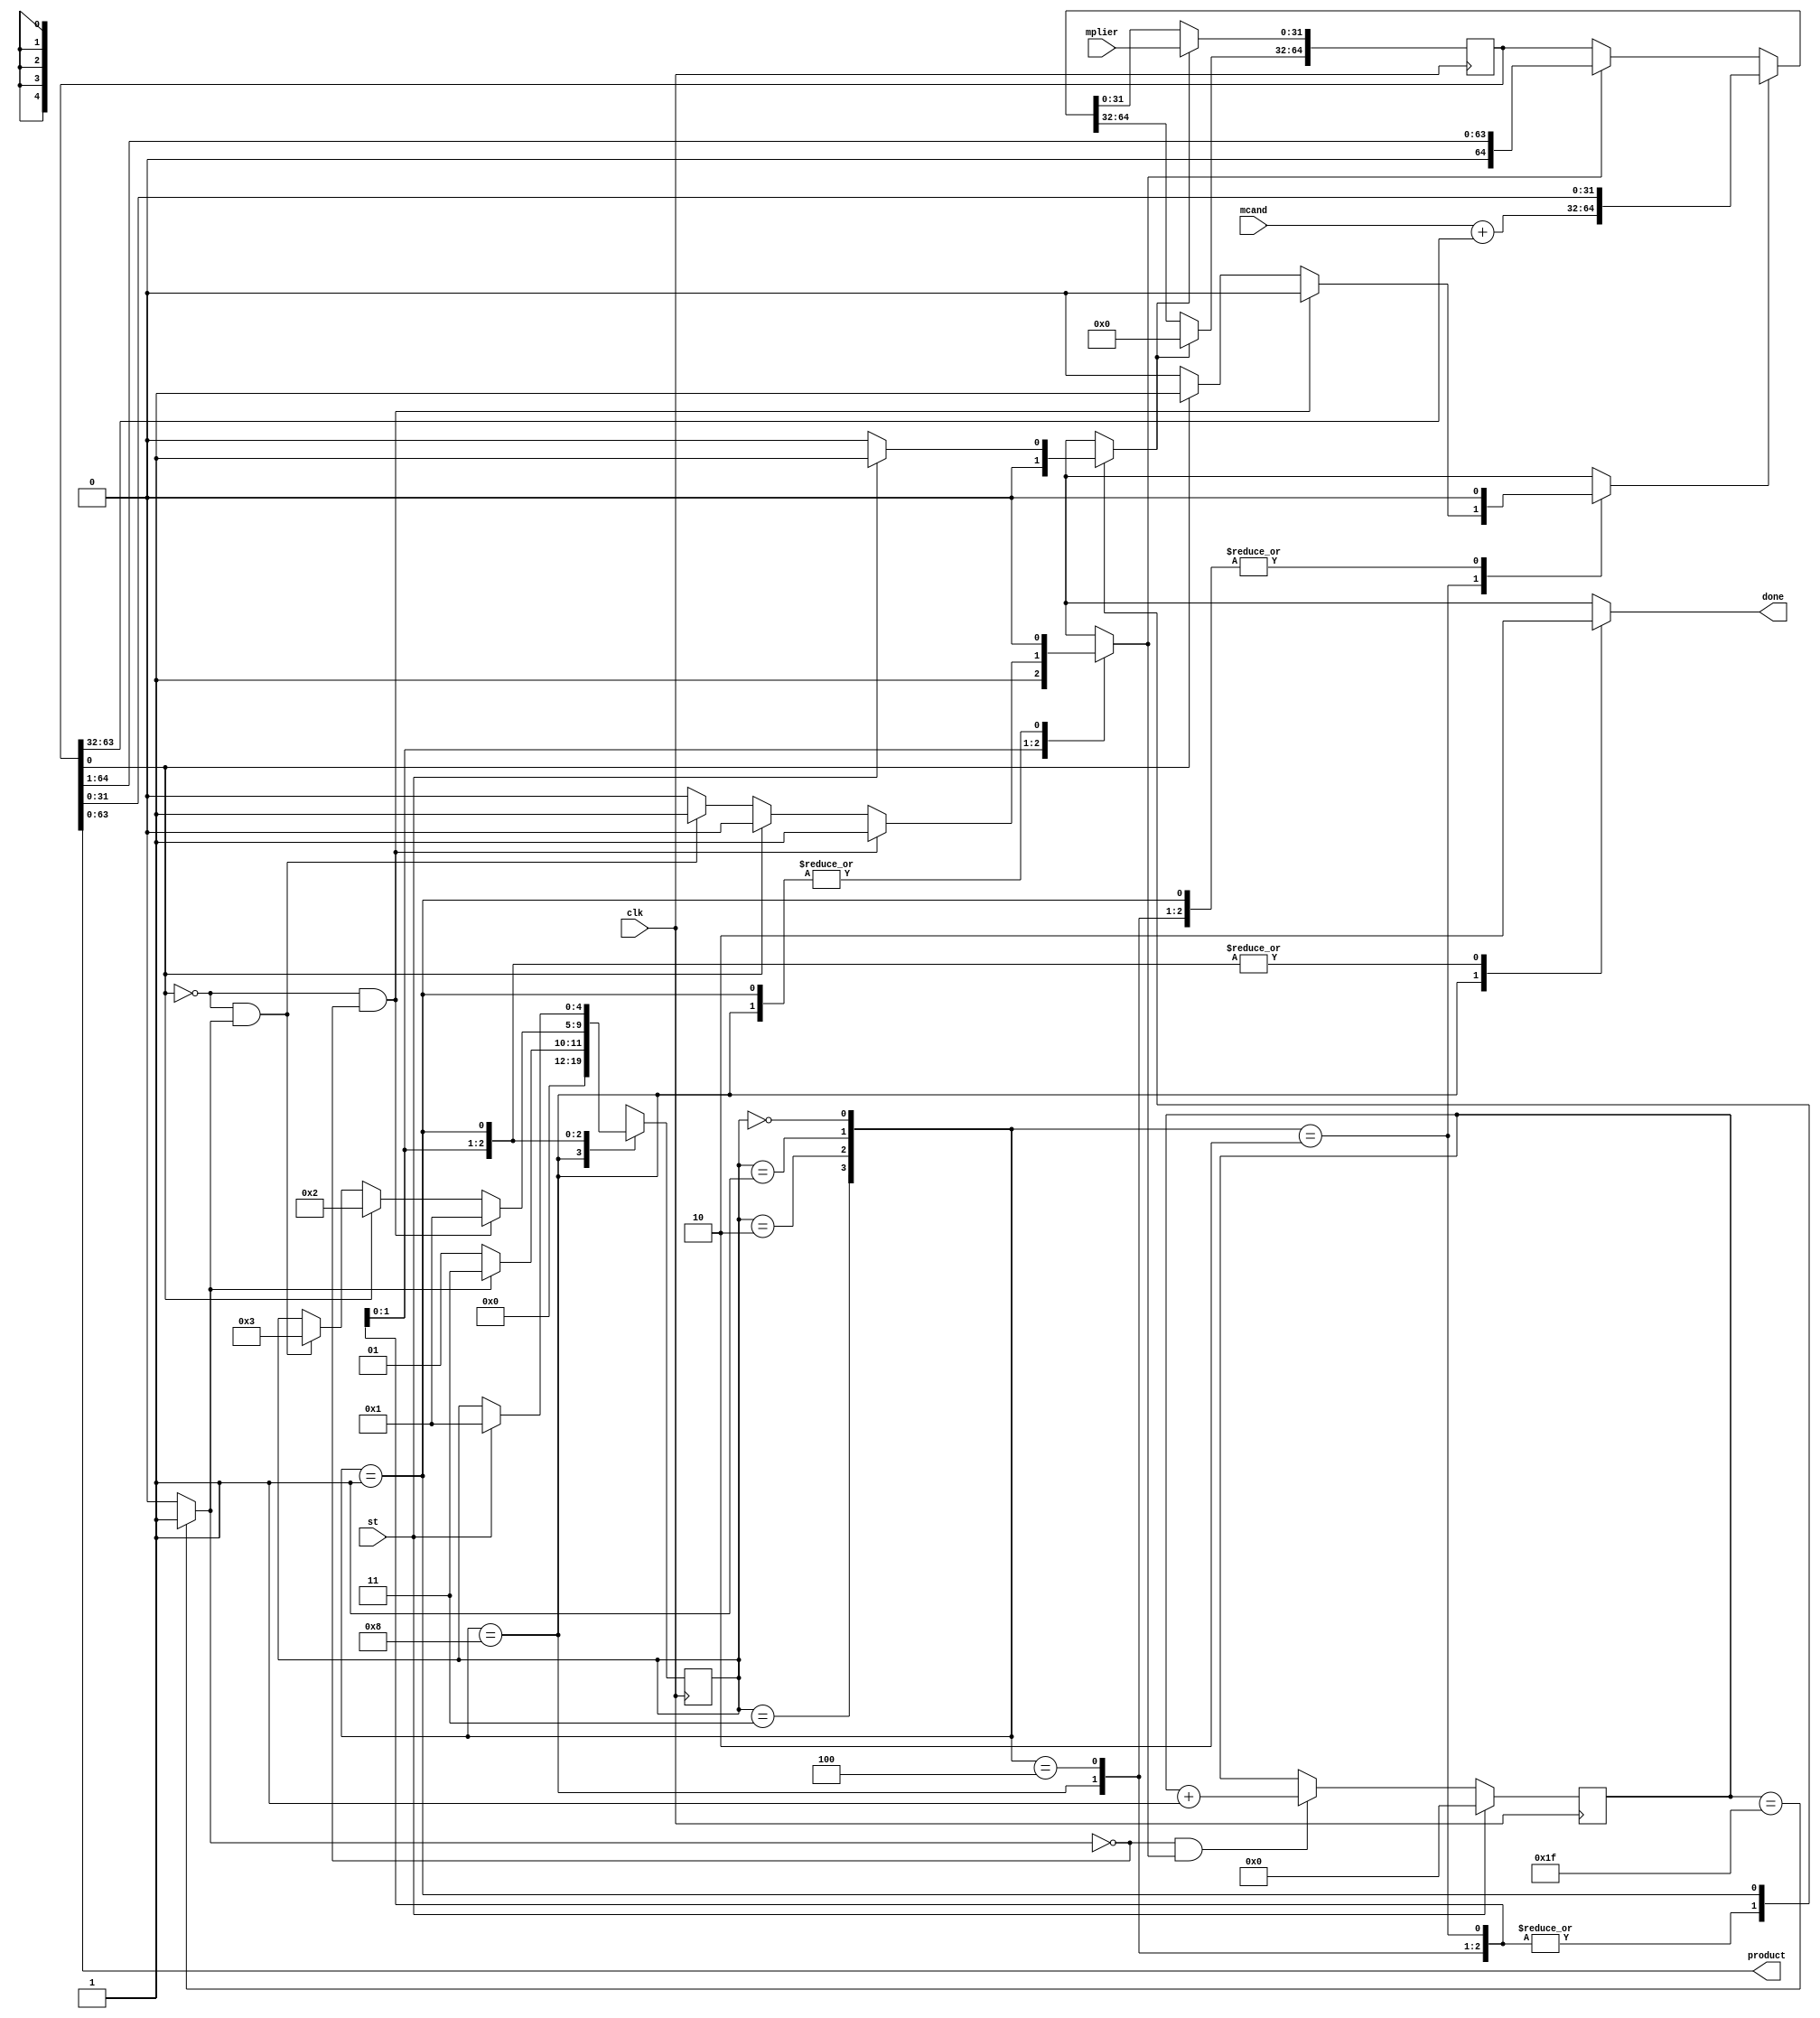
module sequential_multiplier_32x32
  (input  clk,
   input  st,
   input  [31:0] mplier,
   input  [31:0] mcand,
   output done,
   output [63:0] product);
  wire [4:0] estado_act;
  wire [4:0] estado_sig;
  wire [5:0] cnt_act;
  wire [5:0] cnt_sig;
  wire k;
  wire m;
  wire [64:0] acu_act;
  wire [64:0] acu_sig;
  wire load;
  wire ad;
  wire sh;
  wire [32:0] suma;
  wire [31:0] acu_suma;
  wire n2_o;
  wire [31:0] n3_o;
  wire [63:0] n4_o;
  wire [32:0] n6_o;
  wire [32:0] n8_o;
  wire [32:0] n9_o;
  wire [4:0] n20_o;
  wire n23_o;
  wire n25_o;
  wire n26_o;
  wire n27_o;
  wire n28_o;
  wire n29_o;
  wire n30_o;
  wire [4:0] n32_o;
  wire n35_o;
  wire [4:0] n37_o;
  wire n40_o;
  wire n42_o;
  wire [4:0] n44_o;
  wire n46_o;
  wire n48_o;
  wire n50_o;
  wire n51_o;
  wire [4:0] n54_o;
  wire n56_o;
  wire n58_o;
  wire [3:0] n59_o;
  reg n63_o;
  reg [4:0] n67_o;
  reg n70_o;
  reg n74_o;
  reg n79_o;
  wire [5:0] n83_o;
  wire [31:0] n84_o;
  wire [31:0] n86_o;
  wire [5:0] n87_o;
  wire n88_o;
  wire n89_o;
  wire [5:0] n90_o;
  wire [31:0] n92_o;
  wire n94_o;
  wire n95_o;
  wire [31:0] n99_o;
  wire [64:0] n100_o;
  wire [63:0] n101_o;
  wire [64:0] n103_o;
  wire [64:0] n104_o;
  wire [64:0] n105_o;
  wire [31:0] n106_o;
  wire [31:0] n107_o;
  wire [32:0] n108_o;
  wire [32:0] n110_o;
  reg [4:0] n114_q;
  reg [5:0] n115_q;
  reg [64:0] n116_q;
  wire [64:0] n117_o;
  assign done = n63_o;
  assign product = n4_o;
  /* src/sequential_multiplier_32x32.vhd:21:12  */
  assign estado_act = n114_q; // (signal)
  /* src/sequential_multiplier_32x32.vhd:21:24  */
  assign estado_sig = n67_o; // (signal)
  /* src/sequential_multiplier_32x32.vhd:22:12  */
  assign cnt_act = n115_q; // (signal)
  /* src/sequential_multiplier_32x32.vhd:22:21  */
  assign cnt_sig = n83_o; // (signal)
  /* src/sequential_multiplier_32x32.vhd:23:12  */
  assign k = n95_o; // (signal)
  /* src/sequential_multiplier_32x32.vhd:23:15  */
  assign m = n2_o; // (signal)
  /* src/sequential_multiplier_32x32.vhd:24:12  */
  assign acu_act = n116_q; // (signal)
  /* src/sequential_multiplier_32x32.vhd:24:21  */
  assign acu_sig = n117_o; // (signal)
  /* src/sequential_multiplier_32x32.vhd:25:12  */
  assign load = n70_o; // (signal)
  /* src/sequential_multiplier_32x32.vhd:25:18  */
  assign ad = n74_o; // (signal)
  /* src/sequential_multiplier_32x32.vhd:25:22  */
  assign sh = n79_o; // (signal)
  /* src/sequential_multiplier_32x32.vhd:26:12  */
  assign suma = n9_o; // (signal)
  /* src/sequential_multiplier_32x32.vhd:27:12  */
  assign acu_suma = n3_o; // (signal)
  /* src/sequential_multiplier_32x32.vhd:31:25  */
  assign n2_o = acu_act[0];
  /* src/sequential_multiplier_32x32.vhd:32:25  */
  assign n3_o = acu_act[63:32];
  /* src/sequential_multiplier_32x32.vhd:33:25  */
  assign n4_o = acu_act[63:0];
  /* src/sequential_multiplier_32x32.vhd:36:48  */
  assign n6_o = {1'b0, mcand};
  /* src/sequential_multiplier_32x32.vhd:36:72  */
  assign n8_o = {1'b0, acu_suma};
  /* src/sequential_multiplier_32x32.vhd:36:57  */
  assign n9_o = n6_o + n8_o;
  /* src/sequential_multiplier_32x32.vhd:59:17  */
  assign n20_o = st ? 5'b00001 : estado_act;
  /* src/sequential_multiplier_32x32.vhd:59:17  */
  assign n23_o = st ? 1'b1 : 1'b0;
  /* src/sequential_multiplier_32x32.vhd:58:13  */
  assign n25_o = estado_act == 5'b00000;
  /* src/sequential_multiplier_32x32.vhd:65:34  */
  assign n26_o = ~k;
  /* src/sequential_multiplier_32x32.vhd:65:46  */
  assign n27_o = ~m;
  /* src/sequential_multiplier_32x32.vhd:65:40  */
  assign n28_o = n27_o & n26_o;
  /* src/sequential_multiplier_32x32.vhd:71:49  */
  assign n29_o = ~m;
  /* src/sequential_multiplier_32x32.vhd:71:43  */
  assign n30_o = n29_o & k;
  /* src/sequential_multiplier_32x32.vhd:71:29  */
  assign n32_o = n30_o ? 5'b00011 : estado_act;
  /* src/sequential_multiplier_32x32.vhd:71:29  */
  assign n35_o = n30_o ? 1'b1 : 1'b0;
  /* src/sequential_multiplier_32x32.vhd:68:29  */
  assign n37_o = m ? 5'b00010 : n32_o;
  /* src/sequential_multiplier_32x32.vhd:68:29  */
  assign n40_o = m ? 1'b1 : 1'b0;
  /* src/sequential_multiplier_32x32.vhd:68:29  */
  assign n42_o = m ? 1'b0 : n35_o;
  /* src/sequential_multiplier_32x32.vhd:65:29  */
  assign n44_o = n28_o ? 5'b00001 : n37_o;
  /* src/sequential_multiplier_32x32.vhd:65:29  */
  assign n46_o = n28_o ? 1'b0 : n40_o;
  /* src/sequential_multiplier_32x32.vhd:65:29  */
  assign n48_o = n28_o ? 1'b1 : n42_o;
  /* src/sequential_multiplier_32x32.vhd:65:13  */
  assign n50_o = estado_act == 5'b00001;
  /* src/sequential_multiplier_32x32.vhd:77:34  */
  assign n51_o = ~k;
  /* src/sequential_multiplier_32x32.vhd:77:29  */
  assign n54_o = n51_o ? 5'b00001 : 5'b00011;
  /* src/sequential_multiplier_32x32.vhd:76:13  */
  assign n56_o = estado_act == 5'b00010;
  /* src/sequential_multiplier_32x32.vhd:83:13  */
  assign n58_o = estado_act == 5'b00011;
  assign n59_o = {n58_o, n56_o, n50_o, n25_o};
  /* src/sequential_multiplier_32x32.vhd:57:9  */
  always @*
    case (n59_o)
      4'b1000: n63_o = 1'b1;
      4'b0100: n63_o = 1'b0;
      4'b0010: n63_o = 1'b0;
      4'b0001: n63_o = 1'b0;
      default: n63_o = 1'bX;
    endcase
  /* src/sequential_multiplier_32x32.vhd:57:9  */
  always @*
    case (n59_o)
      4'b1000: n67_o = 5'b00000;
      4'b0100: n67_o = n54_o;
      4'b0010: n67_o = n44_o;
      4'b0001: n67_o = n20_o;
      default: n67_o = 5'bX;
    endcase
  /* src/sequential_multiplier_32x32.vhd:57:9  */
  always @*
    case (n59_o)
      4'b1000: n70_o = 1'b0;
      4'b0100: n70_o = 1'b0;
      4'b0010: n70_o = 1'b0;
      4'b0001: n70_o = n23_o;
      default: n70_o = 1'bX;
    endcase
  /* src/sequential_multiplier_32x32.vhd:57:9  */
  always @*
    case (n59_o)
      4'b1000: n74_o = 1'b0;
      4'b0100: n74_o = 1'b0;
      4'b0010: n74_o = n46_o;
      4'b0001: n74_o = 1'b0;
      default: n74_o = 1'bX;
    endcase
  /* src/sequential_multiplier_32x32.vhd:57:9  */
  always @*
    case (n59_o)
      4'b1000: n79_o = 1'b0;
      4'b0100: n79_o = 1'b1;
      4'b0010: n79_o = n48_o;
      4'b0001: n79_o = 1'b0;
      default: n79_o = 1'bX;
    endcase
  /* src/sequential_multiplier_32x32.vhd:90:23  */
  assign n83_o = st ? 6'b000000 : n90_o;
  /* src/sequential_multiplier_32x32.vhd:90:53  */
  assign n84_o = {26'b0, cnt_act};  //  uext
  /* src/sequential_multiplier_32x32.vhd:90:53  */
  assign n86_o = n84_o + 32'b00000000000000000000000000000001;
  /* src/sequential_multiplier_32x32.vhd:90:44  */
  assign n87_o = n86_o[5:0];  // trunc
  /* src/sequential_multiplier_32x32.vhd:90:79  */
  assign n88_o = ~k;
  /* src/sequential_multiplier_32x32.vhd:90:73  */
  assign n89_o = n88_o & sh;
  /* src/sequential_multiplier_32x32.vhd:90:39  */
  assign n90_o = n89_o ? n87_o : cnt_act;
  /* src/sequential_multiplier_32x32.vhd:91:38  */
  assign n92_o = {26'b0, cnt_act};  //  uext
  /* src/sequential_multiplier_32x32.vhd:91:38  */
  assign n94_o = n92_o == 32'b00000000000000000000000000011111;
  /* src/sequential_multiplier_32x32.vhd:91:24  */
  assign n95_o = n94_o ? 1'b1 : 1'b0;
  /* src/sequential_multiplier_32x32.vhd:102:38  */
  assign n99_o = acu_act[31:0];
  /* src/sequential_multiplier_32x32.vhd:102:29  */
  assign n100_o = {suma, n99_o};
  /* src/sequential_multiplier_32x32.vhd:105:37  */
  assign n101_o = acu_act[64:1];
  /* src/sequential_multiplier_32x32.vhd:105:28  */
  assign n103_o = {1'b0, n101_o};
  /* src/sequential_multiplier_32x32.vhd:103:9  */
  assign n104_o = sh ? n103_o : acu_act;
  /* src/sequential_multiplier_32x32.vhd:100:9  */
  assign n105_o = ad ? n100_o : n104_o;
  assign n106_o = n105_o[31:0];
  /* src/sequential_multiplier_32x32.vhd:97:9  */
  assign n107_o = load ? mplier : n106_o;
  assign n108_o = n105_o[64:32];
  /* src/sequential_multiplier_32x32.vhd:97:9  */
  assign n110_o = load ? 33'b000000000000000000000000000000000 : n108_o;
  /* src/sequential_multiplier_32x32.vhd:41:11  */
  always @(posedge clk)
    n114_q <= estado_sig;
  /* src/sequential_multiplier_32x32.vhd:41:11  */
  always @(posedge clk)
    n115_q <= cnt_sig;
  /* src/sequential_multiplier_32x32.vhd:41:11  */
  always @(posedge clk)
    n116_q <= acu_sig;
  /* src/sequential_multiplier_32x32.vhd:41:11  */
  assign n117_o = {n110_o, n107_o};
endmodule